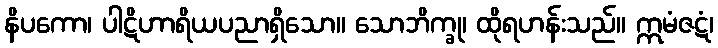
နိပကော၊ ပါဋိဟာရိယပညာရှိသော။ သောဘိက္ခု၊ ထိုရဟန်းသည်။ ဣမံဇဋံ၊